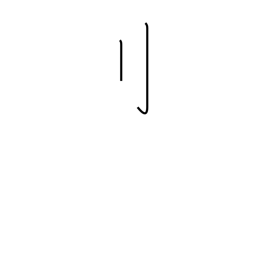
Meaning: standing sword radical (no. 18)